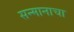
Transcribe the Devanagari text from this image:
सन्मानाचा